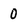
Character: 0